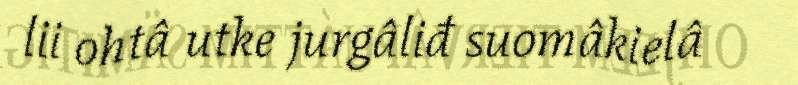
lii ohtâ utke jurgâliđ suomâkielâ